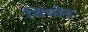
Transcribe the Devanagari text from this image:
विच्छेदः